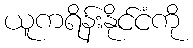
ယူကရိန်းနိုင်ငံကို